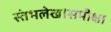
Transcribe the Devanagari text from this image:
स्तंभलेख।समीक्षा